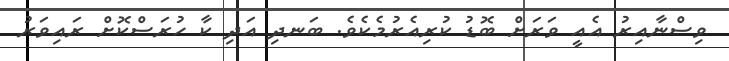
ވިސްނާއިރު އެއީ ވަރަށް ބޮޑު ކުރިއެރުމެކެވެ. ބަނދި އަދި ކާ ހުރަސްކޮށް ރައިވަރު